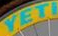
VET